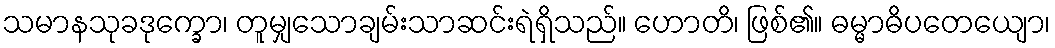
သမာနသုခဒုက္ခော၊ တူမျှသောချမ်းသာဆင်းရဲရှိသည်။ ဟောတိ၊ ဖြစ်၏။ ဓမ္မာဓိပတေယျော၊